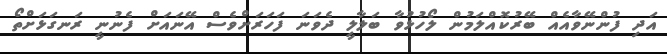
އަދި ފުންނޭވާއެއް ބޭރުކޮއްލަމުން ލޯހުޅުވާ ބަލާލީ ދެވަނަ ފަހަރަށްވެސް އޭނައަށް ފެނުނީ ރަނގަޅަށްތޯ